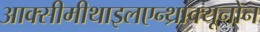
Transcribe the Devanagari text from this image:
आक्सीमीथाइलएन्थ्राक्यूनोन